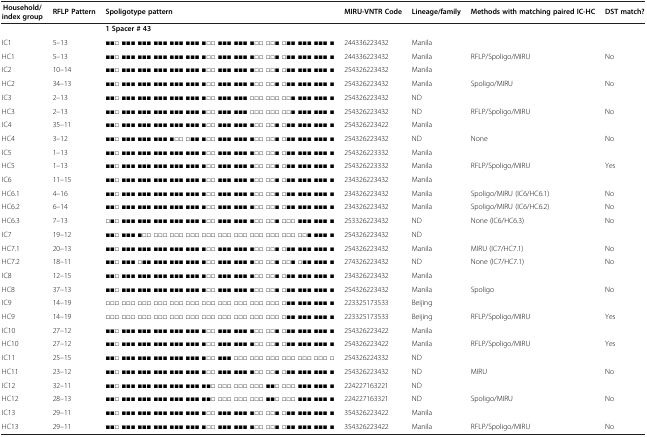
<table><thead><tr><td><b>Household/index group</b></td><td><b>RFLP Pattern</b></td><td><b>Spoligotype pattern</b></td><td><b>MIRU-VNTR Code</b></td><td><b>Lineage/family</b></td><td><b>Methods with matching paired IC-HC</b></td><td><b>DST match?</b></td></tr></thead><tbody><tr><td> </td><td> </td><td><b>1 Spacer # 43</b></td><td> </td><td> </td><td> </td><td> </td></tr><tr><td>IC1</td><td>5–13</td><td>■■□ ■■■ ■■■ ■■■ ■■■ ■■■ ■□□ ■■■ ■■■ ■□□ □□■ □■■ ■■■ ■■■ ■</td><td>244336223432</td><td>Manila</td><td> </td><td> </td></tr><tr><td>HC1</td><td>5–13</td><td>■■□ ■■■ ■■■ ■■■ ■■■ ■■■ ■□□ ■■■ ■■■ ■□□ □□■ □■■ ■■■ ■■■ ■</td><td>244336223432</td><td>Manila</td><td>RFLP/Spoligo/MIRU</td><td>No</td></tr><tr><td>IC2</td><td>10–14</td><td>■■□ ■■■ ■■■ ■■■ ■■■ ■■■ ■□□ ■■■ ■■■ ■□□ □□■ □■■ ■■■ ■■■ ■</td><td>254326223432</td><td>Manila</td><td> </td><td> </td></tr><tr><td>HC2</td><td>34–13</td><td>■■□ ■■■ ■■■ ■■■ ■■■ ■■■ ■□□ ■■■ ■■■ ■□□ □□■ □■■ ■■■ ■■■ ■</td><td>254326223432</td><td>Manila</td><td>Spoligo/MIRU</td><td>No</td></tr><tr><td>IC3</td><td>2–13</td><td>■■□ ■■■ ■■■ ■■■ ■■■ ■■■ ■□□ ■■■ ■■■ □□□ □□□ □□■ ■■■ ■■■ ■</td><td>254326223432</td><td>ND</td><td> </td><td> </td></tr><tr><td>HC3</td><td>2–13</td><td>■■□ ■■■ ■■■ ■■■ ■■■ ■■■ ■□□ ■■■ ■■■ □□□ □□□ □□■ ■■■ ■■■ ■</td><td>254326223432</td><td>ND</td><td>RFLP/Spoligo/MIRU</td><td>No</td></tr><tr><td>IC4</td><td>35–11</td><td>■■□ ■■■ ■■■ ■■■ ■■■ ■■■ ■□□ ■■■ ■■■ ■□□ □□■ □■■ ■■■ ■■■ ■</td><td>254326223422</td><td>Manila</td><td> </td><td> </td></tr><tr><td>HC4</td><td>3–12</td><td>■■□ ■■■ ■■■ ■■■ ■□□ □■■ ■□□ ■■■ ■■■ ■□□ □□■ □■■ ■■■ ■■■ ■</td><td>254326223432</td><td>ND</td><td>None</td><td>No</td></tr><tr><td>IC5</td><td>1–13</td><td>■■□ ■■■ ■■■ ■■■ ■■■ ■■■ ■□□ ■■■ ■■■ ■□□ □□■ □■■ ■■■ ■■■ ■</td><td>254326223332</td><td>Manila</td><td> </td><td> </td></tr><tr><td>HC5</td><td>1–13</td><td>■■□ ■■■ ■■■ ■■■ ■■■ ■■■ ■□□ ■■■ ■■■ ■□□ □□■ □■■ ■■■ ■■■ ■</td><td>254326223332</td><td>Manila</td><td>RFLP/Spoligo/MIRU</td><td>Yes</td></tr><tr><td>IC6</td><td>11–15</td><td>■■□ ■■■ ■■■ ■■■ ■■■ ■■■ ■□□ ■■■ ■■■ ■□□ □□■ □■■ ■■■ ■■■ ■</td><td>234326223432</td><td>Manila</td><td> </td><td> </td></tr><tr><td>HC6.1</td><td>4–16</td><td>■■□ ■■■ ■■■ ■■■ ■■■ ■■■ ■□□ ■■■ ■■■ ■□□ □□■ □■■ ■■■ ■■■ ■</td><td>234326223432</td><td>Manila</td><td>Spoligo/MIRU (IC6/HC6.1)</td><td>No</td></tr><tr><td>HC6.2</td><td>6–14</td><td>■■□ ■■■ ■■■ ■■■ ■■■ ■■■ ■□□ ■■■ ■■■ ■□□ □□■ □■■ ■■■ ■■■ ■</td><td>234326223432</td><td>Manila</td><td>Spoligo/MIRU (IC6/HC6.2)</td><td>No</td></tr><tr><td>HC6.3</td><td>7–13</td><td>□■□ ■■■ ■■■ ■■■ ■■■ ■■■ ■□□ ■■■ ■■■ ■□□ □□■ □□□ ■■■ ■■■ ■</td><td>253326223432</td><td>ND</td><td>None (IC6/HC6.3)</td><td>No</td></tr><tr><td>IC7</td><td>19–12</td><td>■■□ ■■■ ■□□ □□□ □□□ □□□ □□□ □□□ □□□ □□□ □□□ □□□ □□■ ■■■ ■</td><td>254326223432</td><td>ND</td><td> </td><td> </td></tr><tr><td>HC7.1</td><td>20–13</td><td>■■□ ■■■ ■■■ ■■■ ■■■ ■■■ ■□□ ■■■ ■■■ ■□□ □□■ □■■ ■■■ ■■■ ■</td><td>254326223432</td><td>Manila</td><td>MIRU (IC7/HC7.1)</td><td>No</td></tr><tr><td>HC7.2</td><td>18–11</td><td>■■□ ■■■ □■■ ■■■ ■■■ ■■■ ■□□ ■■■ ■■■ ■□□ □□■ □□■ □■■ ■■■ ■</td><td>274326223432</td><td>ND</td><td>None (IC7/HC7.1)</td><td>No</td></tr><tr><td>IC8</td><td>12–15</td><td>■■□ ■■■ ■■■ ■■■ ■■■ ■■■ ■□□ ■■■ ■■■ ■□□ □□■ □■■ ■■■ ■■■ ■</td><td>234326223432</td><td>Manila</td><td> </td><td> </td></tr><tr><td>HC8</td><td>37–13</td><td>■■□ ■■■ ■■■ ■■■ ■■■ ■■■ ■□□ ■■■ ■■■ ■□□ □□■ □■■ ■■■ ■■■ ■</td><td>254326223432</td><td>Manila</td><td>Spoligo</td><td>No</td></tr><tr><td>IC9</td><td>14–19</td><td>□□□ □□□ □□□ □□□ □□□ □□□ □□□ □□□ □□□ □□□ □□□ □■■ ■■■ ■■■ ■</td><td>223325173533</td><td>Beijing</td><td> </td><td> </td></tr><tr><td>HC9</td><td>14–19</td><td>□□□ □□□ □□□ □□□ □□□ □□□ □□□ □□□ □□□ □□□ □□□ □■■ ■■■ ■■■ ■</td><td>223325173533</td><td>Beijing</td><td>RFLP/Spoligo/MIRU</td><td>Yes</td></tr><tr><td>IC10</td><td>27–12</td><td>■■□ ■■■ ■■■ ■■■ ■■■ ■■■ ■□□ ■■■ ■■■ ■□□ □□■ □■■ ■■■ ■■■ ■</td><td>254326223422</td><td>Manila</td><td> </td><td> </td></tr><tr><td>HC10</td><td>27–12</td><td>■■□ ■■■ ■■■ ■■■ ■■■ ■■■ ■□□ ■■■ ■■■ ■□□ □□■ □■■ ■■■ ■■■ ■</td><td>254326223422</td><td>Manila</td><td>RFLP/Spoligo/MIRU</td><td>Yes</td></tr><tr><td>IC11</td><td>25–15</td><td>■■□ ■■■ ■■■ ■■■ ■■■ ■■■ ■□□ ■■■ □□□ □□□ □□□ □□□ □□□ □□□ □</td><td>254326224332</td><td>ND</td><td> </td><td> </td></tr><tr><td>HC11</td><td>23–12</td><td>■■□ ■■■ ■■■ ■■■ ■■■ ■■■ ■□□ ■■■ ■■■ ■□□ □□■ □■■ ■■■ ■■■ ■</td><td>254326223432</td><td>ND</td><td>MIRU</td><td>No</td></tr><tr><td>IC12</td><td>32–11</td><td>■■□ ■■■ ■■■ ■■■ ■■■ ■■■ ■■□ □□□ □□□ □□□ ■■□ □□□ ■■■ ■■■ ■</td><td>224227163221</td><td>ND</td><td> </td><td> </td></tr><tr><td>HC12</td><td>28–13</td><td>■■□ ■■■ ■■■ ■■■ ■■■ ■■■ ■■□ □□□ □□□ □□□ ■■□ □□□ ■■■ ■■■ ■</td><td>224227163321</td><td>ND</td><td>Spoligo/MIRU</td><td>No</td></tr><tr><td>IC13</td><td>29–11</td><td>■■□ ■■■ ■■■ ■■■ ■■■ ■■■ ■□□ ■■■ ■■■ ■□□ □□■ □■■ ■■■ ■■■ ■</td><td>354326223422</td><td>Manila</td><td> </td><td> </td></tr><tr><td>HC13</td><td>29–11</td><td>■■□ ■■■ ■■■ ■■■ ■■■ ■■■ ■□□ ■■■ ■■■ ■□□ □□■ □■■ ■■■ ■■■ ■</td><td>354326223422</td><td>Manila</td><td>RFLP/Spoligo/MIRU</td><td>No</td></tr></tbody></table>